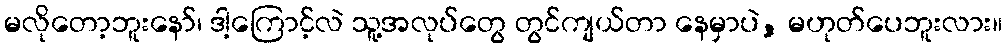
မလိုတော့ဘူးနော်၊ ဒါ့ကြောင့်လဲ သူ့အလုပ်တွေ တွင်ကျယ်တာ နေမှာပဲ, မဟုတ်ပေဘူးလား။